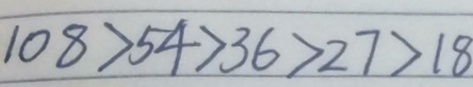
1 0 8 > 5 4 > 3 6 > 2 7 > 1 8